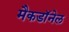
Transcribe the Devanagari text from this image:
मैकडाॅनेल